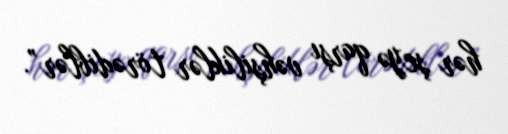
hər şeyə qarşı vəhşiliklər törədiblər”.